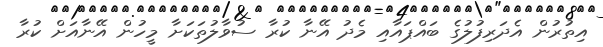
އިތުރުން އެދަރިފުލުގެ ބައްޕައާއި މެދު އޭނާ ކުރާ ސުވާލުތަކަށާ މީހުން އޭނާއަށް ކުރާ